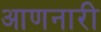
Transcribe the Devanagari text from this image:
आणनारी